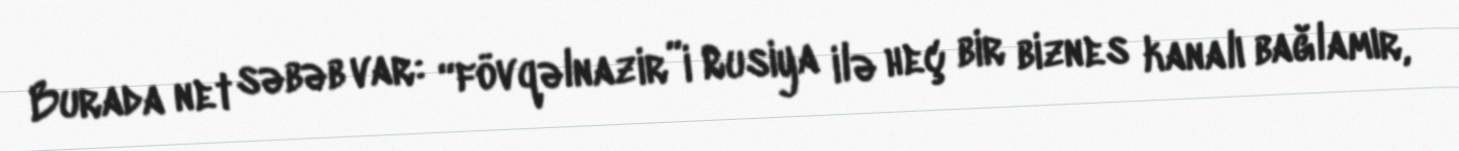
Burada net səbəb var: “fövqəlnazir”i Rusiya ilə heç bir biznes kanalı bağlamır,